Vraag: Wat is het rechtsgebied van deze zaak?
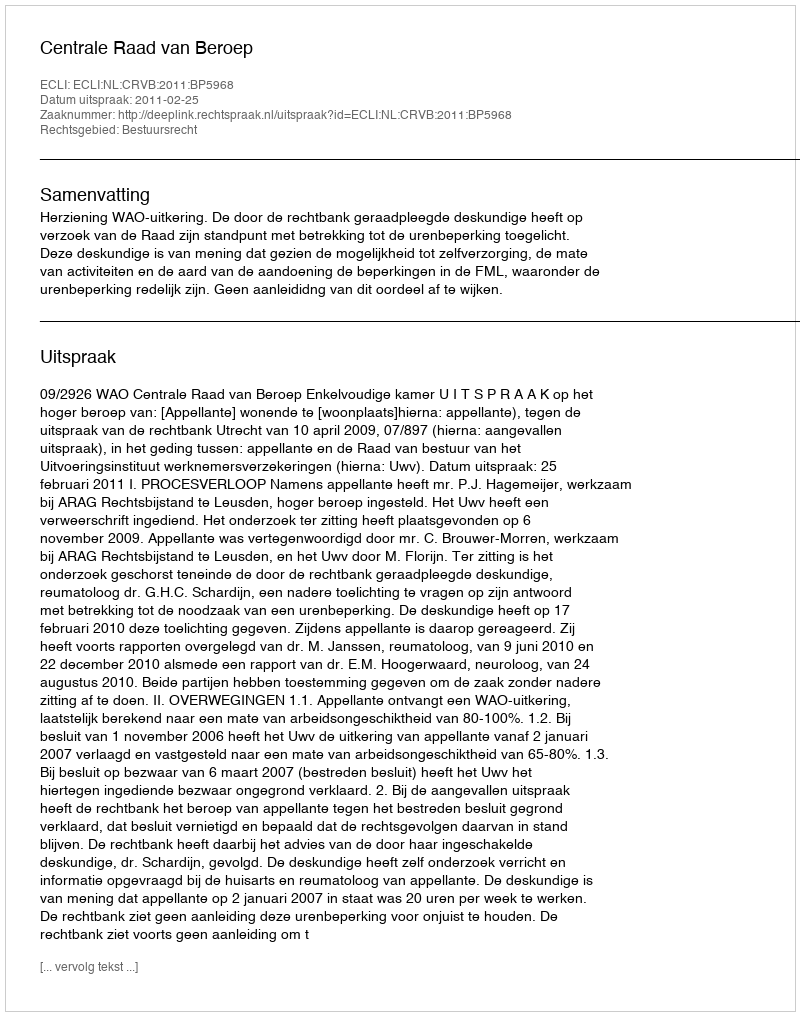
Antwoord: Bestuursrecht